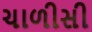
ચાળીસી